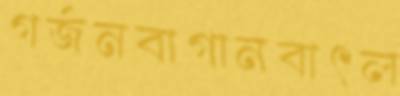
গর্জনবাগানবাৎল